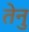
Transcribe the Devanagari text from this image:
तेनु